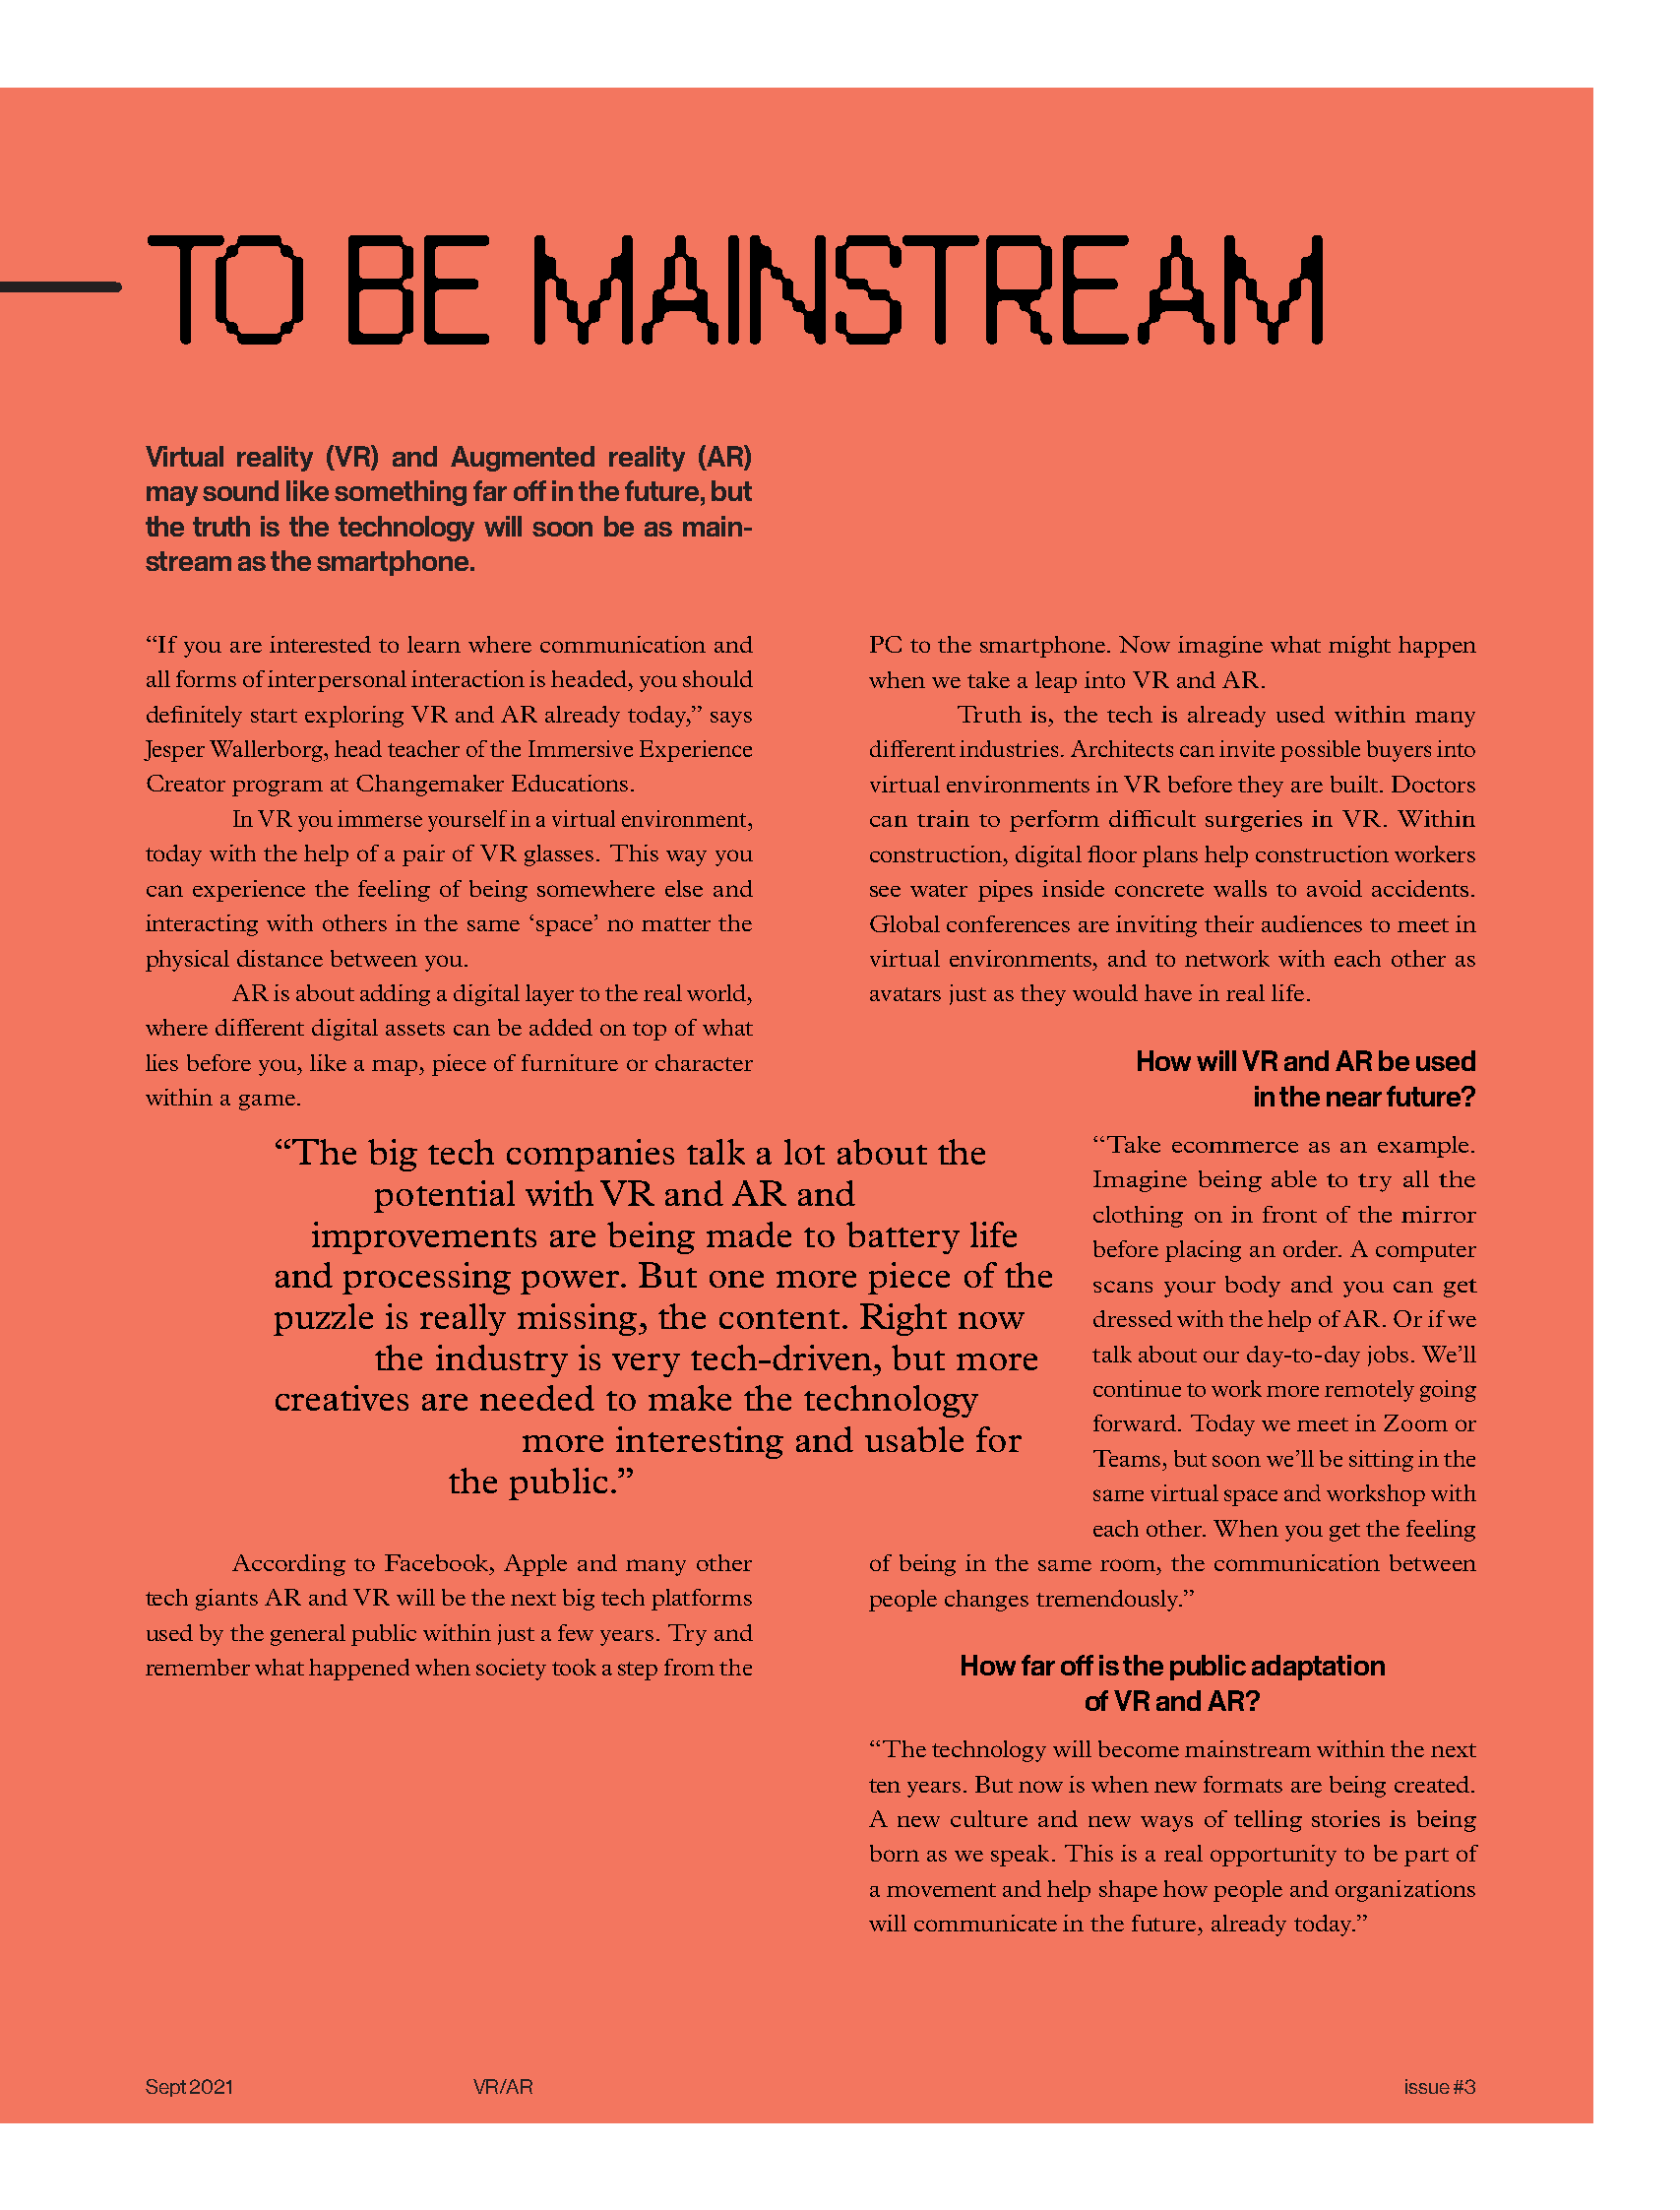
9
 TO           BE           MAINSTR                            EAM
 Virtual reality (VR) and Augmented reality (AR)
 may sound like something far off in the future, but
 the truth is the technology will soon be as main-
 stream as the smartphone.
 “If you are interested to learn where communication and PC to the smartphone. Now imagine what might happen
 all forms of interpersonal interaction is headed, you should when we take a leap into VR and AR.
 definitely start exploring VR and AR already today,” says Truth is, the tech is already used within many
 Jesper Wallerborg, head teacher of the Immersive Experience different industries. Architects can invite possible buyers into
 Creator program at Changemaker Educations.      virtual environments in VR before they are built. Doctors
 In VR you immerse yourself in a virtual environment, can train to perform difficult surgeries in VR. Within
 today with the help of a pair of VR glasses. This way you construction, digital floor plans help construction workers
 can experience the feeling of being somewhere else and see water pipes inside concrete walls to avoid accidents.
 interacting with others in the same ‘space’ no matter the Global conferences are inviting their audiences to meet in
 physical distance between you.                  virtual environments, and to network with each other as
 AR is about adding a digital layer to the real world, avatars just as they would have in real life.
 where different digital assets can be added on top of what
 lies before you, like a map, piece of furniture or character      How  will VR and AR be used
 within a game.                                                            in the near future?
 “The   big tech companies   talk a lot about the        “Take ecommerce as an example.
 Imagine being able to try all the
 potential with VR   and AR   and
 clothing on in front of the mirror
 improvements    are being made   to battery life
 before placing an order. A computer
 and  processing  power.  But  one more  piece  of the
 scans your body and you can get
 puzzle  is really missing, the content. Right now
 dressed with the help of AR. Or if we
 the industry  is very tech-driven, but more      talk about our day-to-day jobs. We’ll
 creatives are needed   to make  the technology          continue to work more remotely going
 forward. Today we meet in Zoom or
 more  interesting and  usable  for
 Teams, but soon we’ll be sitting in the
 the public.”
 same virtual space and workshop with
 each other. When you get the feeling
 According to Facebook, Apple and many other of being in the same room, the communication between
 tech giants AR and VR will be the next big tech platforms people changes tremendously.”
 used by the general public within just a few years. Try and
 remember what happened when society took a step from the How far off is the public adaptation
 of VR and AR?
 “The technology will become mainstream within the next
 ten years. But now is when new formats are being created.
 A new culture and new ways of telling stories is being
 born as we speak. This is a real opportunity to be part of
 a movement and help shape how people and organizations
 will communicate in the future, already today.”
 An interview with Jesper Wallerborg Words by Emelie Fågelstedt
 Sept 2021             VR/AR                                                         issue #3